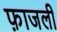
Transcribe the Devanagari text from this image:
फ़ाजली